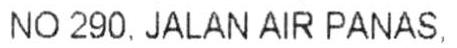
NO 290. JALAN AIR PANAS.